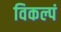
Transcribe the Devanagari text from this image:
विकल्पं